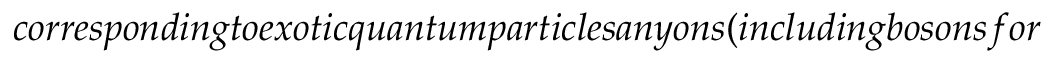
c o r r e s p o n d i n g t o e x o t i c q u a n t u m p a r t i c l e s a n y o n s ( i n c l u d i n g b o s o n s f o r